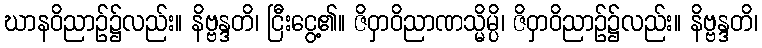
ဃာနဝိညာဉ်၌လည်း။ နိဗ္ဗန္ဒတိ၊ ငြီးငွေ့၏။ ဇိဝှာဝိညာဏသ္မိမ္ပိ၊ ဇိဝှာဝိညာဉ်၌လည်း။ နိဗ္ဗန္ဒတိ၊